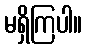
မရှိကြပါ။